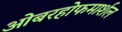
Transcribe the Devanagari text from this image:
ओबरहोफमार्शल